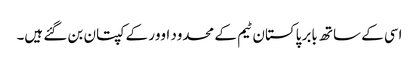
اسی کے ساتھ بابر پاکستان ٹیم کے محدود اوور کے کپتان بن گئے ہیں۔